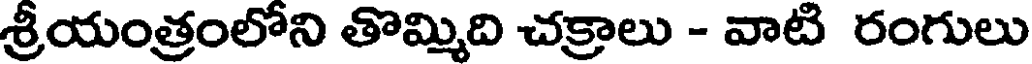
శ్రీయంత్రంలోని తొమ్మిది చక్రాలు - వాటి రంగులు